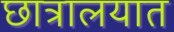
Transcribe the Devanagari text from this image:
छात्रालयात